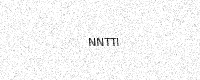
Text: NNTTI